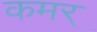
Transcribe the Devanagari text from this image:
कमर्